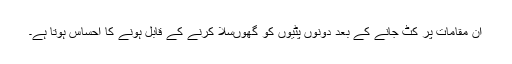
ان مقامات پر کٹ جانے کے بعد دونوں پٹیوں کو گھوںسلا کرنے کے قابل ہونے کا احساس ہوتا ہے۔